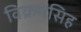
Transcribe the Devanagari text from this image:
विक्रमसिह